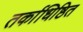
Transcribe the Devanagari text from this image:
तर्काधिष्ठित